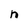
Character: n